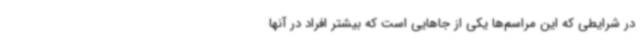
در شرایطی که این مراسم‌ها یکی از جاهایی است که بیشتر افراد در آنها